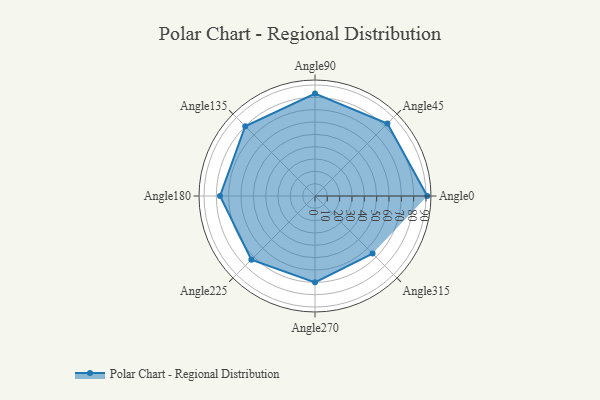
{"axis": {"x": "Angle", "y": "Radius"}, "legend": [""], "data": [{"x": "Angle0", "y": 91.0, "type": ""}, {"x": "Angle45", "y": 83.0, "type": ""}, {"x": "Angle90", "y": 83.0, "type": ""}, {"x": "Angle135", "y": 80.0, "type": ""}, {"x": "Angle180", "y": 77.0, "type": ""}, {"x": "Angle225", "y": 73.0, "type": ""}, {"x": "Angle270", "y": 70.0, "type": ""}, {"x": "Angle315", "y": 66.0, "type": ""}]}